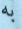
به